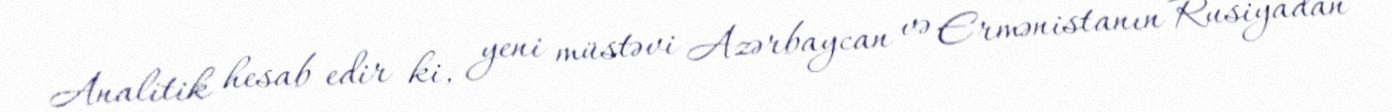
Analitik hesab edir ki, yeni müstəvi Azərbaycan və Ermənistanın Rusiyadan